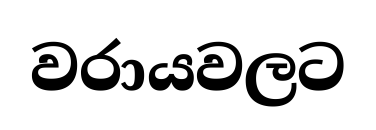
වරායවලට